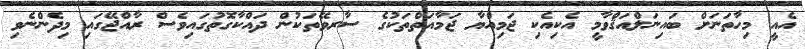
އެއީ މިހާތަނަށް ބައިނަލްއަޤްވާމީ އެކިއެކި ޖަމިއްޔާ ޖަމާއަތްތަކުގެ ސާރވޭތަކުން ދައްކާގޮތުގައިވެސް ރާއްޖޭގައި މިދެންނެވި